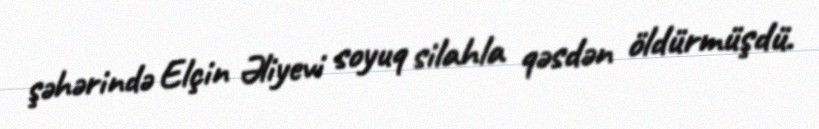
şəhərində Elçin Əliyevi soyuq silahla qəsdən öldürmüşdü.